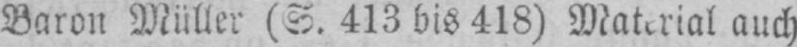
Baron Müller (S. 413 bis 418) Material auch